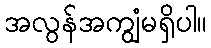
အလွန်အကျွံမရှိပါ။